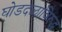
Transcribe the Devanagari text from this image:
घोडदळाविरुद्ध